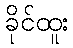
ခိုင်ထူး